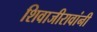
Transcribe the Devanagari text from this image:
शिवाजीरावांनी